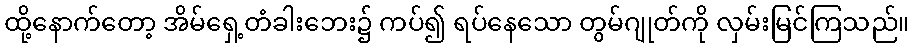
ထို့နောက်တော့ အိမ်ရှေ့တံခါးဘေး၌ ကပ်၍ ရပ်နေသော တွမ်ဂျုတ်ကို လှမ်းမြင်ကြသည်။